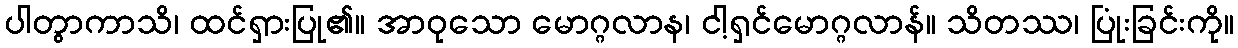
ပါတွာကာသိ၊ ထင်ရှားပြု၏။ အာဝုသော မောဂ္ဂလာန၊ ငါ့ရှင်မောဂ္ဂလာန်။ သိတဿ၊ ပြုံးခြင်းကို။